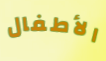
الأطفال